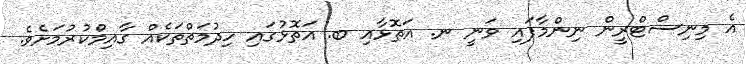
އެ މިނިސްޓްރީން ނިންމާފައި ވަނީ ނ. އަތޮޅާއި ބ. އަތޮޅުގައި ހިދުމަތްތަކެއް ގާއިމްކުރުމަށެވެ.